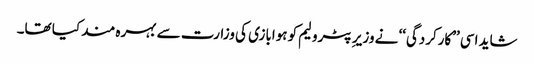
شاید اسی ’’کارکردگی‘‘ نے وزیر ِپٹرولیم کو ہوابازی کی وزارت سے بہرہ مند کیا تھا۔